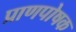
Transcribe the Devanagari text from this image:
प्राणपोषक